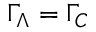
\Gamma _ { \Lambda } = \Gamma _ { \cal C }